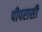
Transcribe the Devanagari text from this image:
पीपरासी